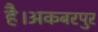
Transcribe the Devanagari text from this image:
है।अकबरपुर